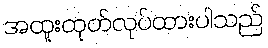
အထူးထုတ်လုပ်ထားပါသည်